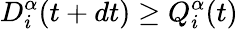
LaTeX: D_{i}^{\alpha}(t+dt)\geq Q_{i}^{\alpha}(t)